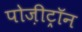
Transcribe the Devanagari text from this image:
पोज़ीट्रॉन